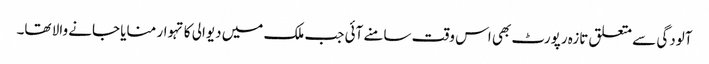
آلودگی سے متعلق تازہ رپورٹ بھی اس وقت سامنے آئی جب ملک میں دیوالی کا تہوار منایا جانے والا تھا۔